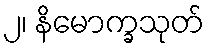
၂၊ နိမောက္ခသုတ်